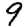
Digit: 9